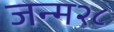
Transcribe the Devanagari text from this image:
जन्म२८